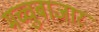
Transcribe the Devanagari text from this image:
मच्चुबाजार